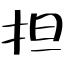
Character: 担